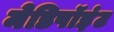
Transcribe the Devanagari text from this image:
मेडिपॉइंट